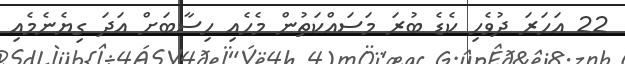
22 އަހަރަ ދުވެހި ކެޑެ ބުރަ މަސައްކަތުން މެހެއި ހިސާބަށް އަދަ ގިޔެނެމެއި